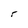
Character: r